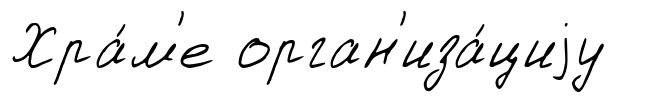
Хра́м'е орган'иза́циjу